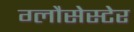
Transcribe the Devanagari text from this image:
ग्लौसेस्टेर